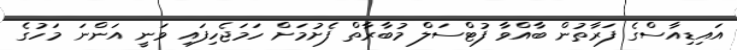
އައިޑިއާސްގެ ފަރާތުން ބާއްވާ ފުޓްސަލް މުބާރާތް ފެށުމަށް ހަމަޖެހިފައި ވަނީ އަންނަ މަހުގެ